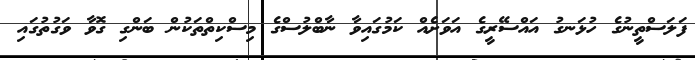
ފަލަސްތީނުގެ ހުޅަނގު އައްސޭރީގެ އަވަށެއް ކަމުގައިވާ ނާބްލުސްގެ މިސްކިތްތަކުން ބަންގި ގޮވާ ވަގުތުގައި